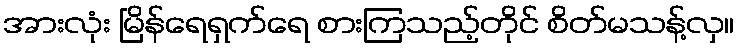
အားလုံး မြိန်ရေရှက်ရေ စားကြသည့်တိုင် စိတ်မသန့်လှ။